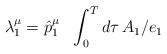
LaTeX: \begin{align*}\lambda _1^\mu =\hat{p}_1^\mu \ \ \int_0^Td\tau \,A_1/e_1\end{align*}